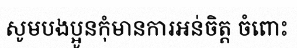
សូមបងប្អូនកុំមានការអន់ចិត្ត ចំពោះ